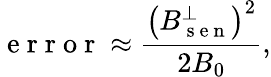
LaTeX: \mathrm{~e~r~r~o~r~}\approx\frac{\left(B_{\mathrm{~s~e~n~}}^{\perp}\right)^{2}}{2B_{0}},